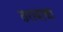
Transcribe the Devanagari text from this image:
ठरावाचा